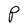
Character: P